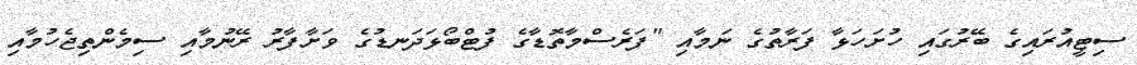
ސިޓީއުރައިގެ ބޭރުގައި ހުށަހަޅާ ފަރާތުގެ ނަމާއި "ފަރެސްމާތޮޑާގެ ފުޓްބޯޅަދަނޑުގެ ވަށާފާރު ރޭނުމާއި ސިމެންތިޖެހުމާއި